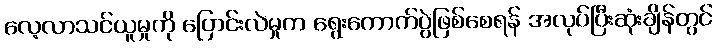
လေ့လာသင်ယူမှုကို ပြောင်းလဲမှုက ရွေးကောက်ပွဲဖြစ်စေရန် အလုပ်ပြီးဆုံးချိန်တွင်